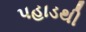
પહાડથી